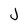
Character: j